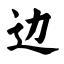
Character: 边